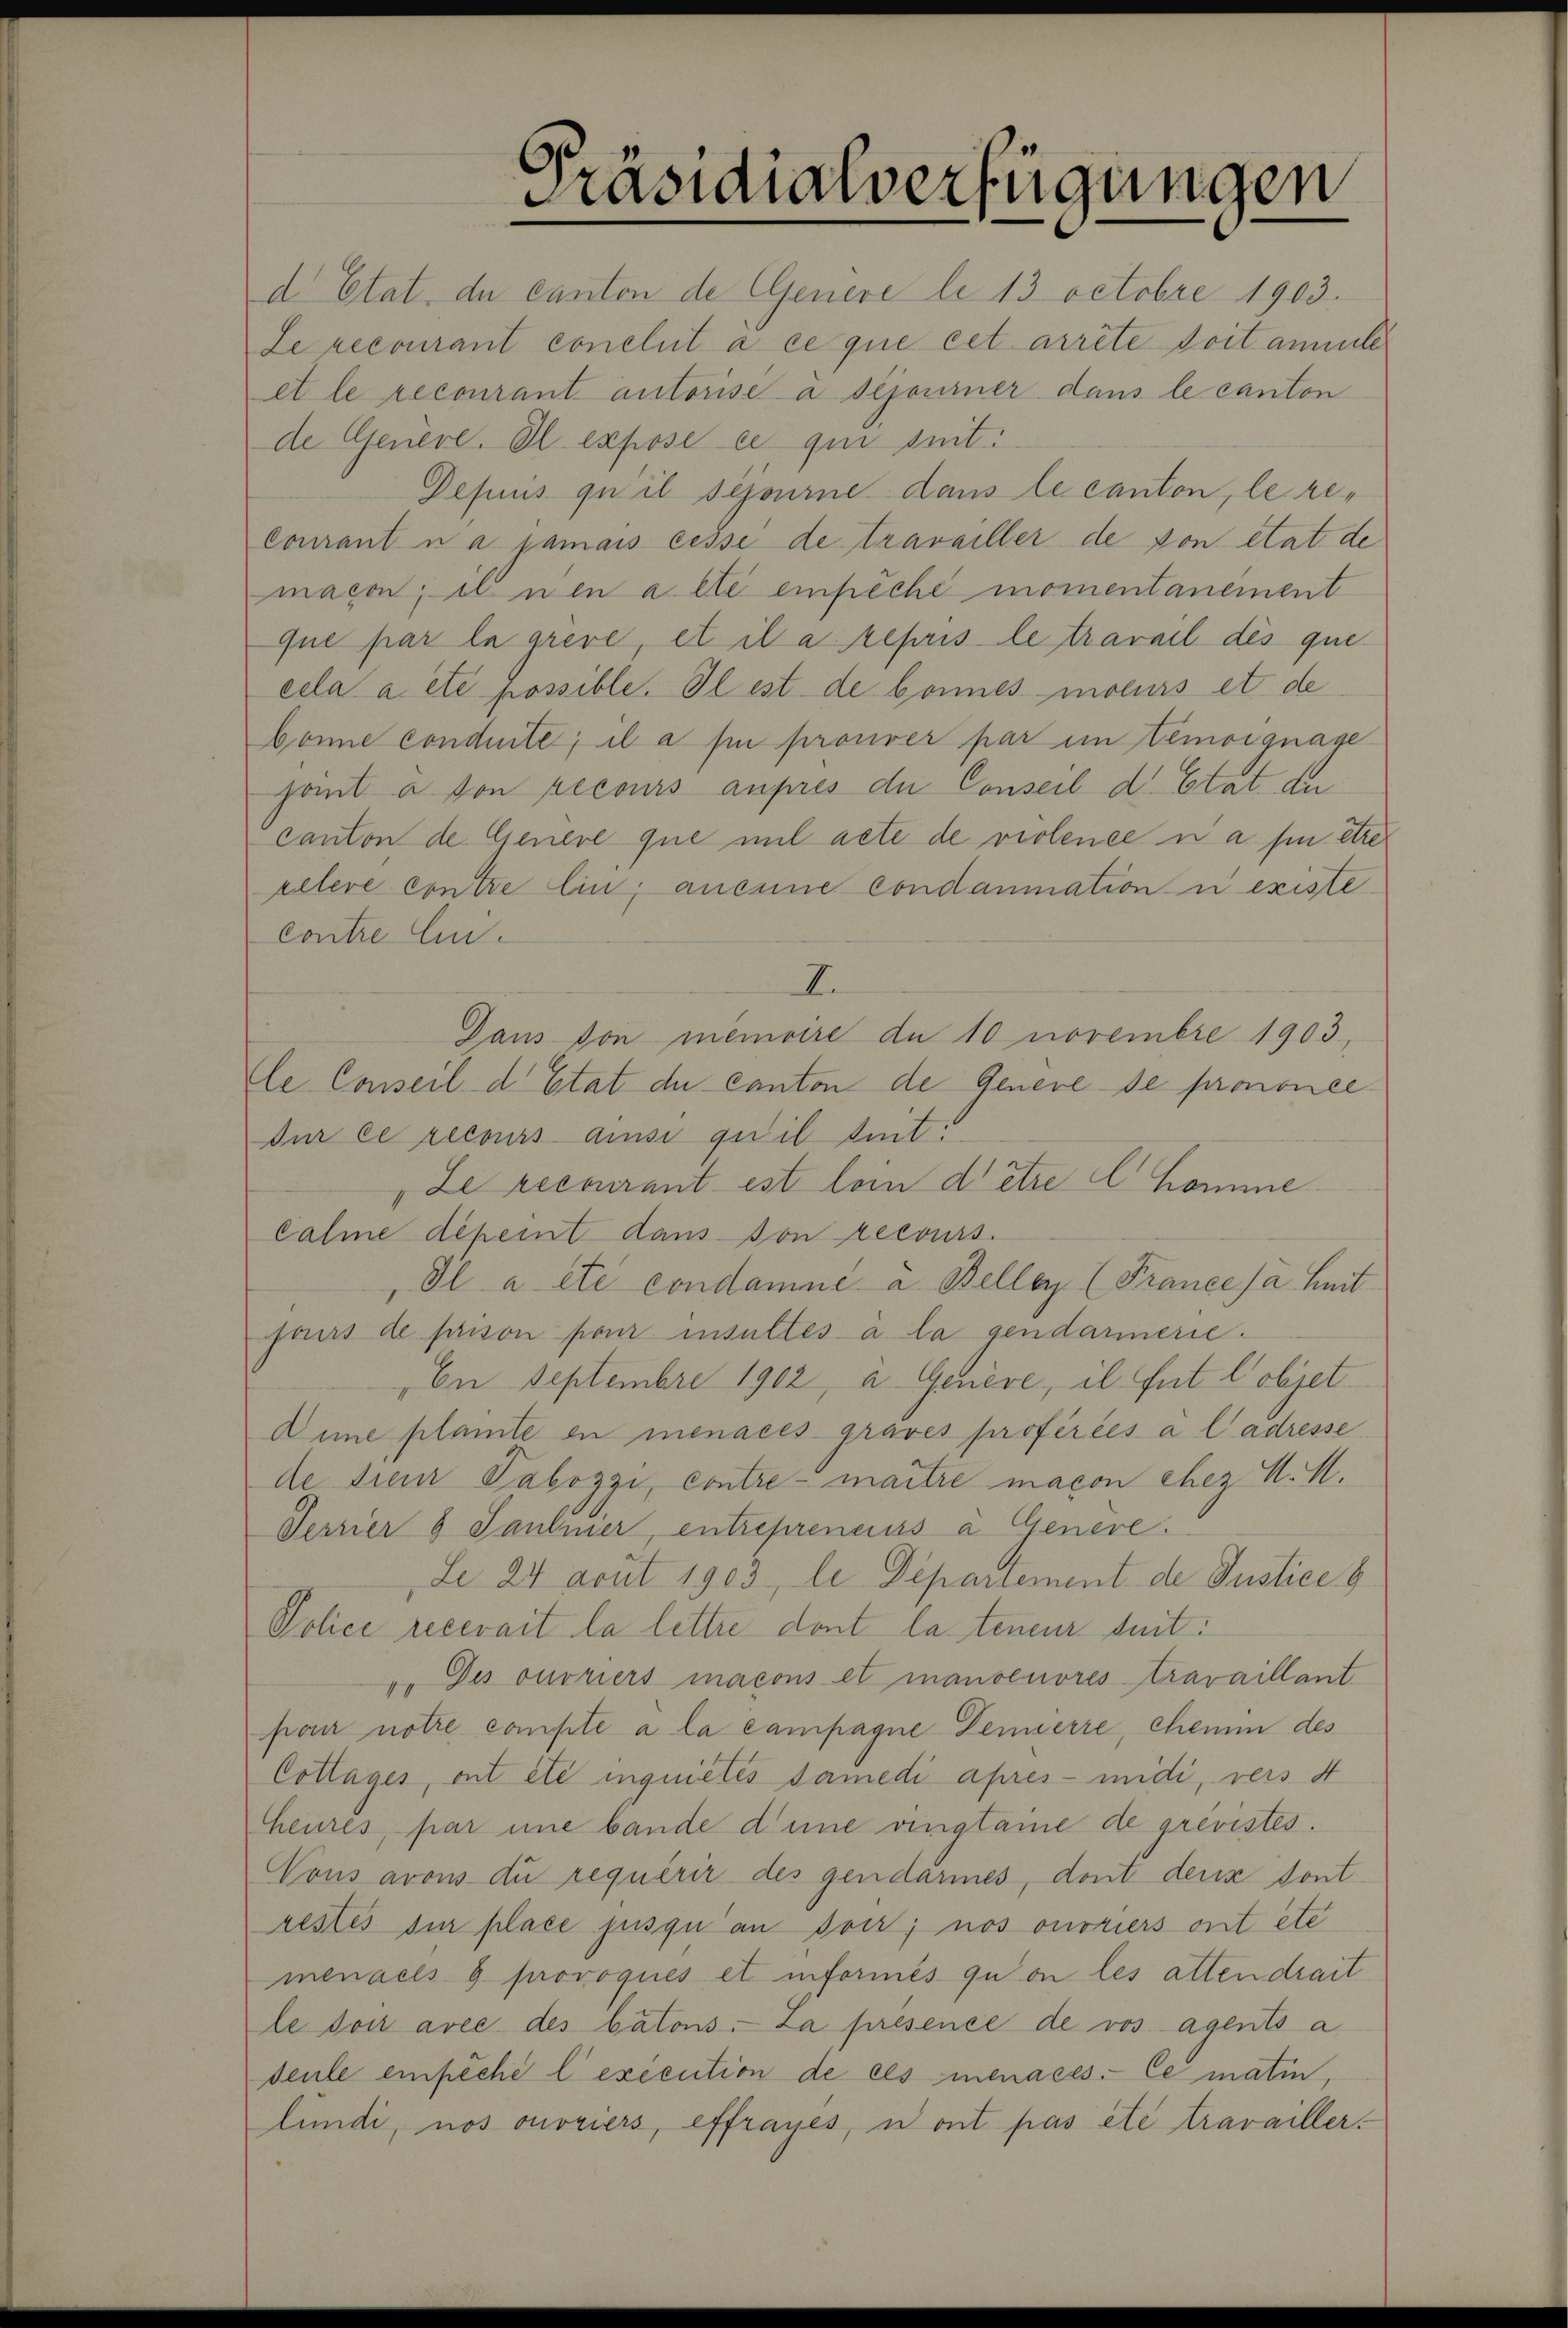
d Etat de Canton de Genere le 13 Octobre 1903.
Le recourant conclut à ce que cet arrête doit ammte
et le recourant autorise à sejourner dans le canton
de Genere. Il expose ce qui suit:
Depuis qu’il sejourne dans le canton, le recourant na jamais cesse de travailler de von etat de
magen; il nen alte einfache momentanement
que par la grève, et il a repris le travail des que
cela a etc possible. Il est de bonnes moeurs et de
Gönne conduite; il a sie prouver par im Zemoignage
sant a von recours auprès du Conseil d. Etat. du
canton de Genere que mit acte de violence i a pu être
retere contre lin, anseine condammation i existe
contre lin.
2.
Dans von memoire de 10 novembre 1903,
le Conseil d’Etat du canton de Genere de prononce
dur ce recours aussi quil beit.
ze recourant est lein dette Chomme
Cahme depert dans son recours.
Il a été condamné à Beller (France ja heit
faus de paison pour insultés a la gendarmerie.
En Septembre 1902, u. Genève, il fut Cobjet
Dime plante in menaces graves proférées à l’adresse
de der Tabozzi, contre-maitre macon chez d. M.
Terrier 8 Jantier, entreprenes a Genere.
Le 24 acut 1903, le Departement de Justice b
Police recerait la lettre dont la teneur suit:
v. Des ouvriers macons et mansenores travaillant
pan notre compte à la campagne Fennerre, chem des
Cottages, ont été inquietés samedi apres- iidi, vers 4
heures, par une bande dene vinglame de grevistes.
Vons avous die requérir des gendarmes, dont denn dont
restes sie place jusqu an soit; nos onoriers ont etc.
menacis 6 provoqués et informés qu’on les attendrait
le don avec des batons. La présence de vos agents a
seule empêché l'execution de ces menacés, le matin,
lundi, nos ouvriers, effrages, wont pas été travailler.

Präsidialverfügungen